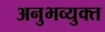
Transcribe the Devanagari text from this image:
अनुभव्युक्त